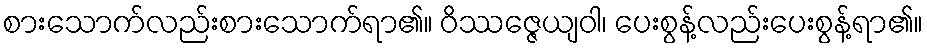
စားသောက်လည်းစားသောက်ရာ၏။ ဝိဿဇ္ဇေယျဝါ၊ ပေးစွန့်လည်းပေးစွန့်ရာ၏။